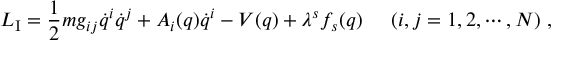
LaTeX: L _ { \mathrm { I } } = \frac { 1 } { 2 } m g _ { i j } \dot { q } ^ { i } \dot { q } ^ { j } + A _ { i } ( q ) \dot { q } ^ { i } - V ( q ) + \lambda ^ { s } f _ { s } ( q ) \; \; \; \; \; ( i , j = 1 , 2 , \cdots , N ) \; ,